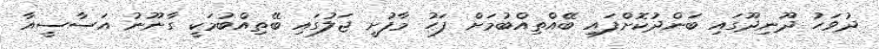
ދުވަހު ދޫނިދޫގައި ބަންދުކޮށްފައި ބޭއްތިއްބުމަށް ފަހު މާފުށީ ޖަލުގައި ބޭތިއްބުމަކީ ގާނޫނު އަސާސީއާ